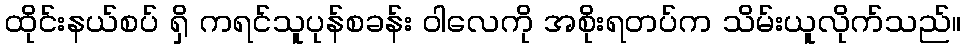
ထိုင်းနယ်စပ် ရှိ ကရင်သူပုန်စခန်း ဝါလေကို အစိုးရတပ်က သိမ်းယူလိုက်သည်။